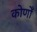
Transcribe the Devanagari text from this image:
कोणोँ